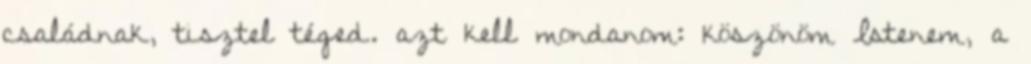
családnak, tisztel téged. azt kell mondanom: köszönöm Istenem, a